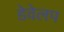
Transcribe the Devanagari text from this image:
डेवेलप